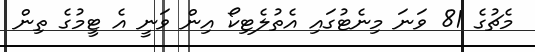
މެޗުގެ 81 ވަނަ މިނެޓުގައި އެތުލެޓިކޯ އިން ވަނީ އެ ޓީމުގެ ތިން